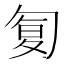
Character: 𠣴